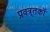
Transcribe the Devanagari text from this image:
प्रवत्र्तकों